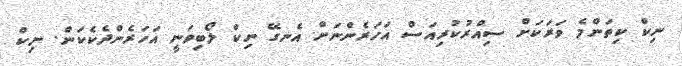
ނިކް ކިތަންމެ ވަރަކަށް ސިއްރުކުރިއަސް އަހަރެންނަށް އެނގޭ ނިކް ލޯބިވަނީ އަހަރެންދެކެކަން. ނިކް